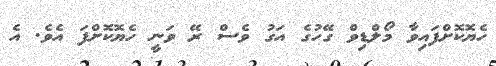
ހެޔޮކޮށްފައިވާ މޯލްޑިވް ގޭހުގެ އަގު ވެސް ރޭ ވަނީ ހެޔޮކޮށްފަ އެވެ. އެ